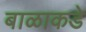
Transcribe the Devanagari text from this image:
बाळाकडे